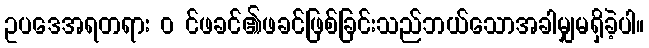
ဥပဒေအရတရား ၀ င်ဖခင်၏ဖခင်ဖြစ်ခြင်းသည်ဘယ်သောအခါမျှမရှိခဲ့ပါ။